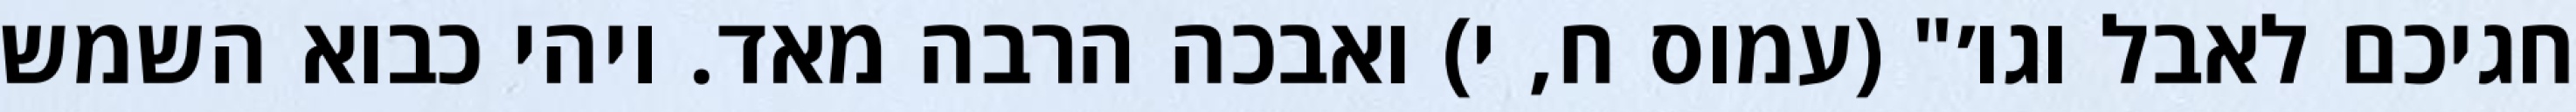
חגיכם לאבל וגו׳" (עמוס ח, י) ואבכה הרבה מאד. ויהי כבוא השמש